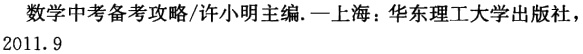
数学中备考攻略，许小明主编. —上海：华东理工大学出版社，2011.9